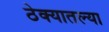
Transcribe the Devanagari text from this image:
ठेक्यातल्या